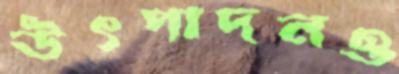
উৎপাদনও